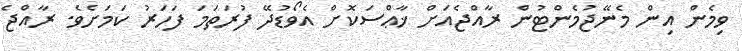
ވިމެން އިން މެނޭޖުމެންޓުން ރާއްޖެއަށް ޚާޢްސަކޮށް އެވޯޑުދޭ ފުރަތަމަ ފަހަރު ކަމަށެވެ. ރާއްޖެ